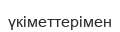
үкіметтерімен